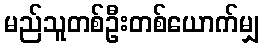
မည်သူတစ်ဦးတစ်ယောက်မျှ